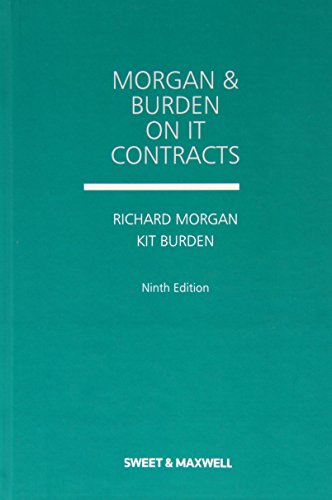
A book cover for Morgan and Burden on it Contracts; Richard Morgan; Computers & Technology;